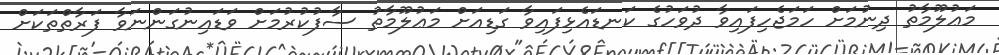
މަޢުލޫމާތު ދިނުމަށް ހަމަޖެހިފައިވާ ދުވަހުގެ ކަނޑައެޅިފައިވާ ގަޑިއަށް މަޢުލޫމާތު ސާފުކުރުމަށް ވަޑައިނުގަންނަވާ ފަރާތްތަކަށް